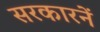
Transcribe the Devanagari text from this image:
सरकारनें